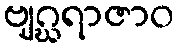
ဗျဂ္ဃရာဇာဝ